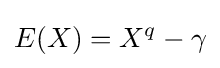
E(X)=X^{q}-\gamma